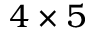
4 \times 5